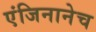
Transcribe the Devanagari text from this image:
एंजिनानेच